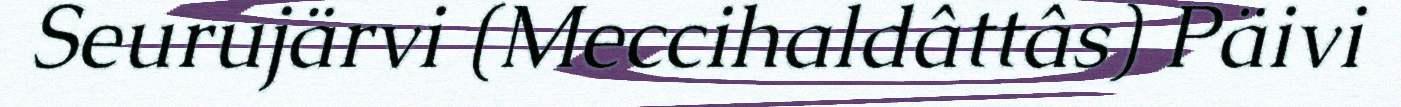
Seurujärvi (Meccihaldâttâs) Päivi